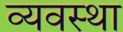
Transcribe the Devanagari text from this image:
व्यवस्था